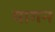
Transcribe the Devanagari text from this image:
यागन